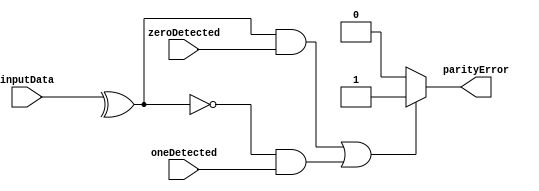
`timescale 1ns / 1ps
module parityChecker(input [7:0] inputData,input zeroDetected, oneDetected,output reg parityError);
//after receiving the serial data and storing it in sipo
//inputData is the parallel data output from sipo
wire parity=^inputData;
always@(*)
begin
if(parity&zeroDetected|(~parity)&oneDetected)
parityError=1;
else
parityError=0;
end

endmodule